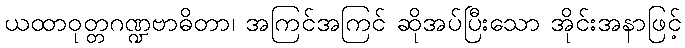
ယထာဝုတ္တဂဏ္ဍဗာဓိတာ၊ အကြင်အကြင် ဆိုအပ်ပြီးသော အိုင်းအနာဖြင့်